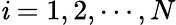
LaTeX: \mathit{i}=1,2,\cdots,N